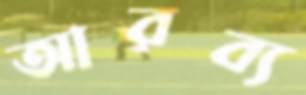
আরব্য